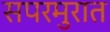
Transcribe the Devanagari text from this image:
सपरमुरात